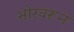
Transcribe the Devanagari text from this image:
भोरवरून